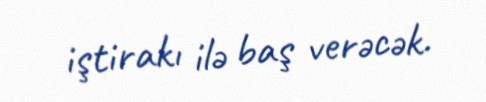
iştirakı ilə baş verəcək.